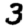
Digit: 3